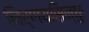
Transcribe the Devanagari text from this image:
निर्णयसिन्धुः